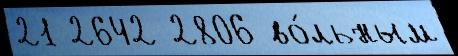
21 2642 2806 во́льным